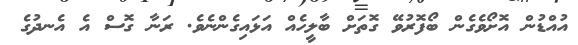
އުއްޑުން އޮށޯވެގެން ބޯފޮރުވޭ ގޮތަށް ބާލީހެއް އަޅައިގެންނެވެ. ރަނާ ގޮސް އެ އެނދުގެ